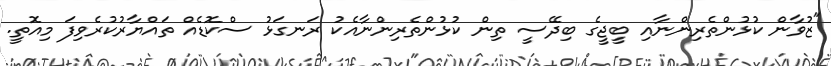
"ޒުވާން ކުޅުންތެރިންނާއި ބީޖީގެ ބިދޭސީ ތިން ކުޅުންތެރިންނާއެކު ރަނގަޅު ސްކޮޑެއް ތައްޔާރުކުރެވިފަ މިއޮތީ.